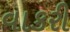
વાકરી